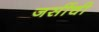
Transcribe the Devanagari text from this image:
जर्सीची